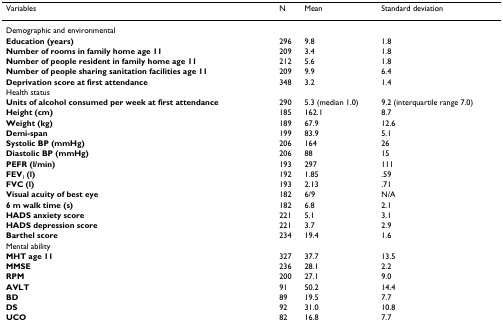
| Variables | N | Mean | Standard deviation |
 | --- | --- | --- | --- |
 | Demographic and environmental |  |  |  |
 | Education (years) | 296 | 9.8 | 1.8 |
 | Number of rooms in family home age 11 | 209 | 3.4 | 1.8 |
 | Number of people resident in family home age 11 | 212 | 5.6 | 1.8 |
 | Number of people sharing sanitation facilities age 11 | 209 | 9.9 | 6.4 |
 | Deprivation score at first attendance | 348 | 3.2 | 1.4 |
 | Health status |  |  |  |
 | Units of alcohol consumed per week at first attendance | 290 | 5.3 (median 1.0) | 9.2 (interquartile range 7.0) |
 | Height (cm) | 185 | 162.1 | 8.7 |
 | Weight (kg) | 189 | 67.9 | 12.6 |
 | Demi-span | 199 | 83.9 | 5.1 |
 | Systolic BP (mmHg) | 206 | 164 | 26 |
 | Diastolic BP (mmHg) | 206 | 88 | 15 |
 | PEFR (l/min) | 193 | 297 | 111 |
 | FEV1 (l) | 192 | 1.85 | .59 |
 | FVC (l) | 193 | 2.13 | .71 |
 | Visual acuity of best eye | 182 | 6/9 | N/A |
 | 6 m walk time (s) | 182 | 6.8 | 2.1 |
 | HADS anxiety score | 221 | 5.1 | 3.1 |
 | HADS depression score | 221 | 3.7 | 2.9 |
 | Barthel score | 234 | 19.4 | 1.6 |
 | Mental ability |  |  |  |
 | MHT age 11 | 327 | 37.7 | 13.5 |
 | MMSE | 236 | 28.1 | 2.2 |
 | RPM | 200 | 27.1 | 9.0 |
 | AVLT | 91 | 50.2 | 14.4 |
 | BD | 89 | 19.5 | 7.7 |
 | DS | 92 | 31.0 | 10.8 |
 | UCO | 82 | 16.8 | 7.7 |